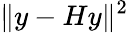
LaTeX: \| y-Hy\| ^{2}